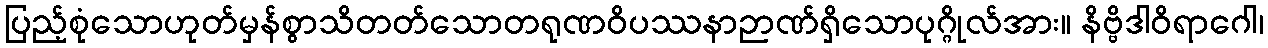
ပြည့်စုံသောဟုတ်မှန်စွာသိတတ်သောတရုဏဝိပဿနာဉာဏ်ရှိသောပုဂ္ဂိုလ်အား။ နိဗ္ဗိဒါဝိရာဂေါ၊